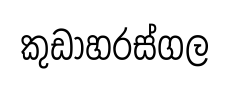
කුඩාහරස්ගල